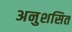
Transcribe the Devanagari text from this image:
अनुशसित